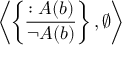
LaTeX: \left\langle \left\{ { \frac { : A ( b ) } { \neg A ( b ) } } \right\} , \emptyset \right\rangle